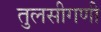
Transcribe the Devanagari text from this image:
तुलसीगणी